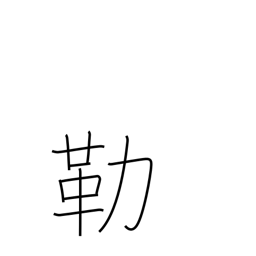
Meaning: halter and bit